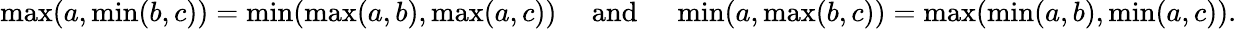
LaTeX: \operatorname*{max}(a,\operatorname*{min}(b,c))=\operatorname*{min}(\operatorname*{max}(a,b),\operatorname*{max}(a,c))\quad{\mathrm{~and~}}\quad\operatorname*{min}(a,\operatorname*{max}(b,c))=\operatorname*{max}(\operatorname*{min}(a,b),\operatorname*{min}(a,c)).